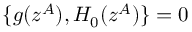
\{ g ( z ^ { A } ) , H _ { 0 } ( z ^ { A } ) \} = 0